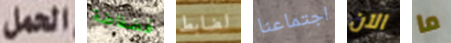
الحمل فضفاضة لضابط اجتماعنا الآن ما